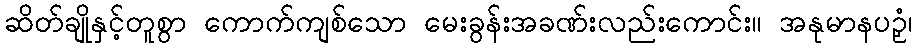
ဆိတ်ချိုနှင့်တူစွာ ကောက်ကျစ်သော မေးခွန်းအခဏ်းလည်းကောင်း။ အနုမာနပဉှံ၊